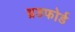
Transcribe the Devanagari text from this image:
ब्रडफोर्ड